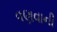
વણવાની